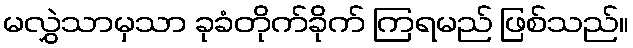
မလွှဲသာမှသာ ခုခံတိုက်ခိုက် ကြရမည် ဖြစ်သည်။